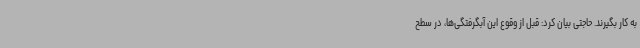
به کار بگیرند. حاجتی بیان کرد: قبل از وقوع این آبگرفتگی‌ها، در سطح